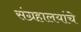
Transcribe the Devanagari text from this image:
संग्रहालयांचे